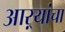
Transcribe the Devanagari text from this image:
आऱ्यांचा